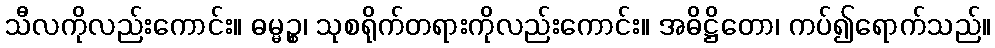
သီလကိုလည်းကောင်း။ ဓမ္မဉ္စ၊ သုစရိုက်တရားကိုလည်းကောင်း။ အဓိဋ္ဌိတော၊ ကပ်၍ရောက်သည်။